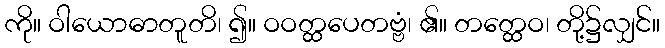
ကို။ ဝါယောဓာတူတိ၊ ၍။ ဝဝတ္ထပေတဗ္ဗံ၊ ၏။ တတ္ထေဝ၊ တို့၌လျှင်။